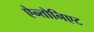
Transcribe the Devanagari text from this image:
ऐन्तोनिएट